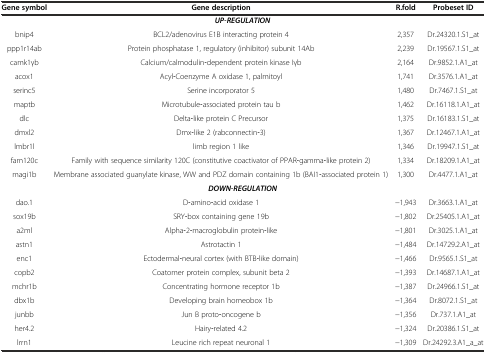
<table><thead><tr><td><b>Gene symbol</b></td><td><b>Gene description</b></td><td><b>R.fold</b></td><td><b>Probeset ID</b></td></tr></thead><tbody><tr><td colspan="4"><b><i>UP‐REGULATION</i></b></td></tr><tr><td>bnip4</td><td>BCL2/adenovirus E1B interacting protein 4</td><td>2,357</td><td>Dr.24320.1.S1_at</td></tr><tr><td>ppp1r14ab</td><td>Protein phosphatase 1, regulatory (inhibitor) subunit 14Ab</td><td>2,239</td><td>Dr.19567.1.S1_at</td></tr><tr><td>camk1γb</td><td>Calcium/calmodulin‐dependent protein kinase Iγb</td><td>2,164</td><td>Dr.9852.1.A1_at</td></tr><tr><td>acox1</td><td>Acyl‐Coenzyme A oxidase 1, palmitoyl</td><td>1,741</td><td>Dr.3576.1.A1_at</td></tr><tr><td>serinc5</td><td>Serine incorporator 5</td><td>1,480</td><td>Dr.7467.1.S1_at</td></tr><tr><td>maptb</td><td>Microtubule‐associated protein tau b</td><td>1,462</td><td>Dr.16118.1.A1_at</td></tr><tr><td>dlc</td><td>Delta‐like protein C Precursor</td><td>1,375</td><td>Dr.16183.1.S1_at</td></tr><tr><td>dmxl2</td><td>Dmx‐like 2 (rabconnectin‐3)</td><td>1,367</td><td>Dr.12467.1.A1_at</td></tr><tr><td>lmbr1l</td><td>limb region 1 like</td><td>1,346</td><td>Dr.19947.1.S1_at</td></tr><tr><td>fam120c</td><td>Family with sequence similarity 120C (constitutive coactivator of PPAR‐gamma‐like protein 2)</td><td>1,334</td><td>Dr.18209.1.A1_at</td></tr><tr><td>magi1b</td><td>Membrane associated guanylate kinase, WW and PDZ domain containing 1b (BAI1‐associated protein 1)</td><td>1,300</td><td>Dr.4477.1.A1_at</td></tr><tr><td colspan="4"><b><i>DOWN‐REGULATION</i></b></td></tr><tr><td>dao.1</td><td>D‐amino‐acid oxidase 1</td><td>−1,943</td><td>Dr.3663.1.A1_at</td></tr><tr><td>sox19b</td><td>SRY‐box containing gene 19b</td><td>−1,802</td><td>Dr.25405.1.A1_at</td></tr><tr><td>a2ml</td><td>Alpha‐2‐macroglobulin protein‐like</td><td>−1,801</td><td>Dr.3025.1.A1_at</td></tr><tr><td>astn1</td><td>Astrotactin 1</td><td>−1,484</td><td>Dr.14729.2.A1_at</td></tr><tr><td>enc1</td><td>Ectodermal‐neural cortex (with BTB‐like domain)</td><td>−1,466</td><td>Dr.9565.1.S1_at</td></tr><tr><td>copb2</td><td>Coatomer protein complex, subunit beta 2</td><td>−1,393</td><td>Dr.14687.1.A1_at</td></tr><tr><td>mchr1b</td><td>Concentrating hormone receptor 1b</td><td>−1,387</td><td>Dr.24966.1.S1_at</td></tr><tr><td>dbx1b</td><td>Developing brain homeobox 1b</td><td>−1,364</td><td>Dr.8072.1.S1_at</td></tr><tr><td>junbb</td><td>Jun B proto‐oncogene b</td><td>−1,356</td><td>Dr.737.1.A1_at</td></tr><tr><td>her4.2</td><td>Hairy‐related 4.2</td><td>−1,324</td><td>Dr.20386.1.S1_at</td></tr><tr><td>lrrn1</td><td>Leucine rich repeat neuronal 1</td><td>−1,309</td><td>Dr.24292.3.A1_a_at</td></tr></tbody></table>